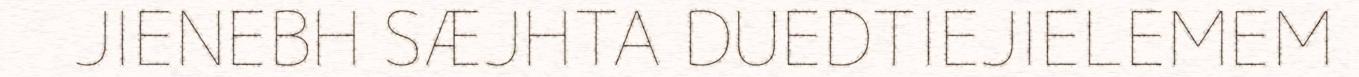
JIENEBH SÆJHTA DUEDTIEJIELEMEM